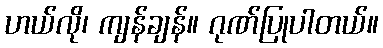
ဟယ်လို၊ ကျန်ချန်။ ဂုဏ်ပြုပါတယ်။